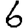
Digit: 6